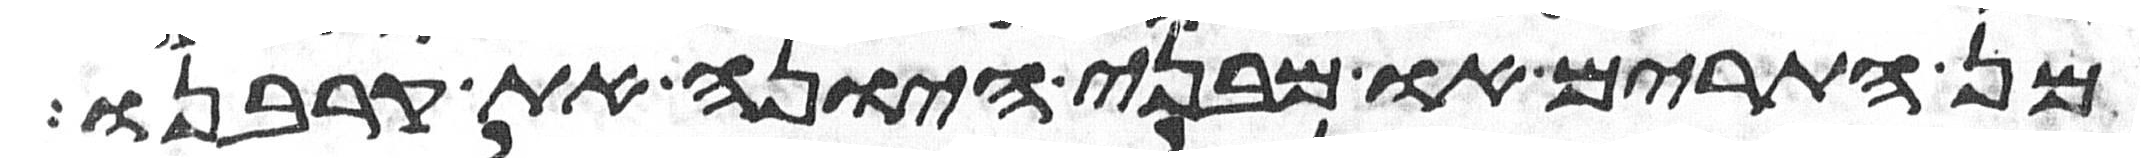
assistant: מן התרים או מבני היונה את קרבנו